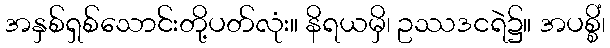
အနှစ်ရှစ်သောင်းတို့ပတ်လုံး။ နိရယမှိ၊ ဥဿဒငရဲ၌။ အပစ္စိံ၊